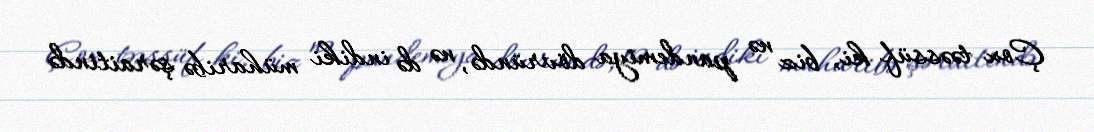
Çox təəssüf ki, biz nə pandemiya dövründə, nə də indiki müharibə şəraitində